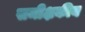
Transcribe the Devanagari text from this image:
समीक्षकीय